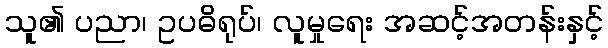
သူ၏ ပညာ၊ ဥပဓိရုပ်၊ လူမှုရေး အဆင့်အတန်းနှင့်